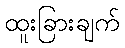
ထူးခြားချက်